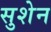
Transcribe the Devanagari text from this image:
सुशेन